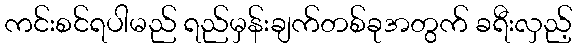
ကင်းစင်ရပါမည် ရည်မှန်းချက်တစ်ခုအတွက် ခရီးလှည့်